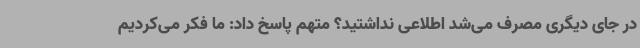
در جای دیگری مصرف می‌شد اطلاعی نداشتید؟ متهم پاسخ داد: ما فکر می‌کردیم